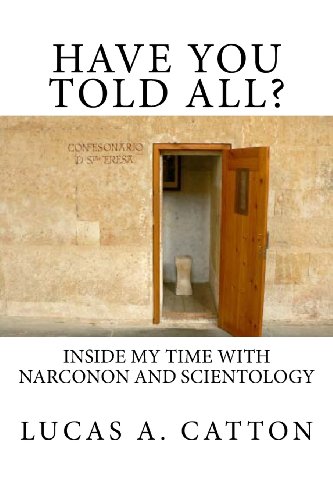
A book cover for Have You Told All?: Inside My Time with Narconon and Scientology; Lucas A. Catton; Religion & Spirituality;